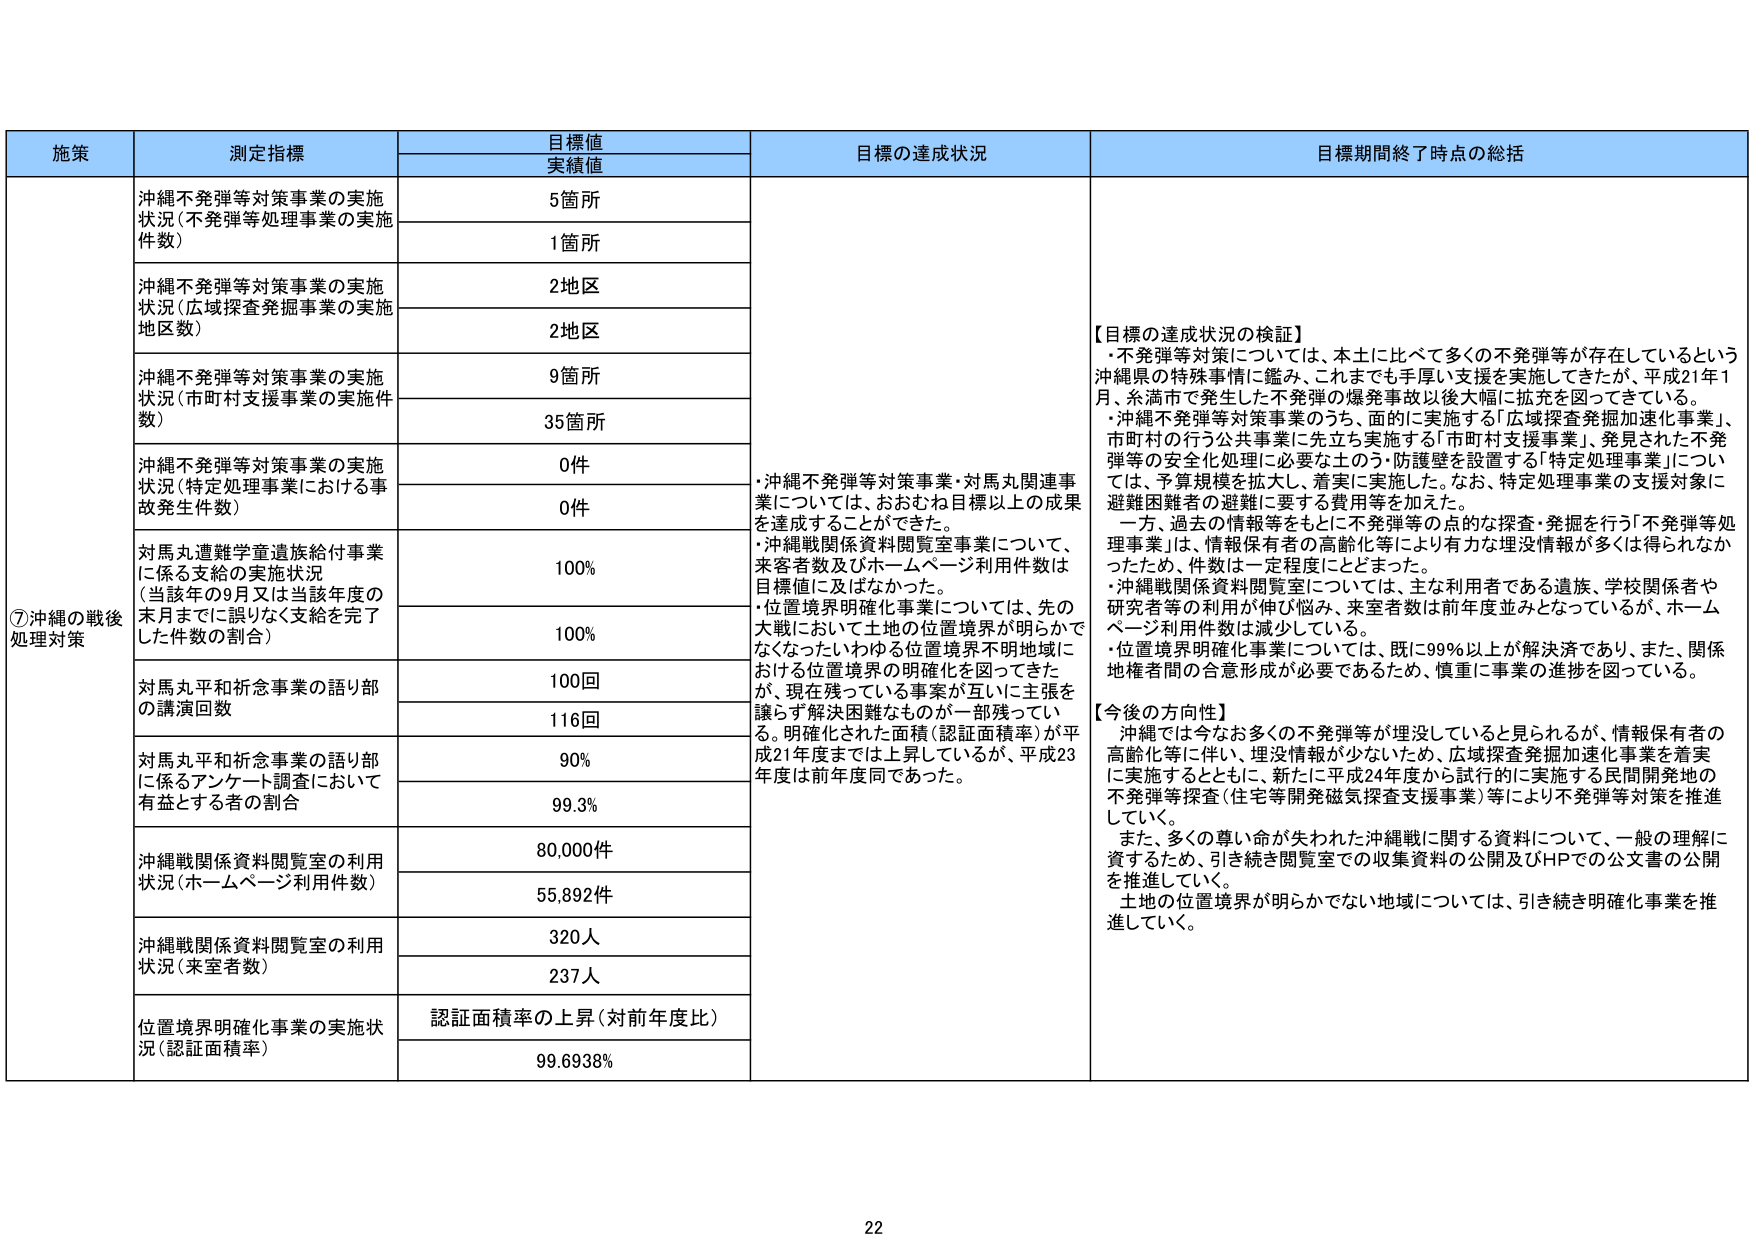
施策
測定指標
目標値
実績値
目標の達成状況
目標期間終了時点の総括

⑦沖縄の戦後処理対策
沖縄不発弾等対策事業の実施状況（不発弾等処理事業の実施件数）
5箇所
1箇所

沖縄不発弾等対策事業の実施状況（広域探査発掘事業の実施地区数）
2地区
2地区

沖縄不発弾等対策事業の実施状況（市町村支援事業の実施件数）
9箇所
35箇所

沖縄不発弾等対策事業の実施状況（特定処理事業における事故発生件数）
0件
0件

対馬丸遭難学童遺族給付事業に係る支給の実施状況（当該年の9月又は当該年度の末月までに誤りなく支給を完了した件数の割合）
100%
100%

対馬丸平和祈念事業の語り部の講演回数
100回
116回

対馬丸平和祈念事業の語り部に係るアンケート調査において有益とする者の割合
90%
99.3%

沖縄戦関係資料閲覧室の利用状況（ホームページ利用件数）
80,000件
55,892件

沖縄戦関係資料閲覧室の利用状況（来室者数）
320人
237人

位置境界明確化事業の実施状況（認証面積率）
認証面積率の上昇（対前年度比）
99.6938%

【目標の達成状況の検証】
・不発弾等対策については、本土に比べて多くの不発弾等が存在しているという沖縄県の特殊事情に鑑み、これまでも手厚い支援を実施してきたが、平成21年1月、糸満市で発生した不発弾の爆発事故以後大幅に拡充を図ってきている。
・沖縄不発弾等対策事業のうち、面的に実施する「広域探査発掘加速化事業」、市町村の行う公共事業に先立ち実施する「市町村支援事業」、発見された不発弾等の安全化処理に必要な土のう・防護壁を設置する「特定処理事業」については、予算規模を拡大し、着実に実施した。なお、特定処理事業の支援対象に避難困難者の避難に要する費用等を加えた。
一方、過去の情報等をもとに不発弾等の点的な探査・発掘を行う「不発弾等処理事業」は、情報保有者の高齢化等により有力な埋没情報が多くは得られなかったため、件数は一定程度にとどまった。
・沖縄戦関係資料閲覧室については、主な利用者である遺族、学校関係者や研究者等の利用が伸び悩み、来室者数は前年度並みとなっているが、ホームページ利用件数は減少している。
・位置境界明確化事業については、既に99%以上が解決済であり、また、関係地権者間の合意形成が必要であるため、慎重に事業の進捗を図っている。

【今後の方針】
沖縄では今なお多くの不発弾等が埋没していると見られるが、情報保有者の高齢化等に伴い、埋没情報が少ないため、広域探査発掘加速化事業を着実に実施するとともに、新たに平成24年度から試行的に実施する民間開発地の不発弾等探査（住宅等開発磁気探査支援事業）等により不発弾等対策を推進していく。
また、多くの尊い命が失われた沖縄戦に関する資料について、一般の理解に資するため、引き続き閲覧室での収集資料の公開及びHPでの公文書の公開を推進していく。
土地の位置境界が明らかでない地域については、引き続き明確化事業を推進していく。

22